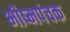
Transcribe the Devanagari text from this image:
भीष्मपंचक